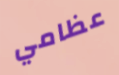
عظامي